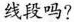
线段吗?